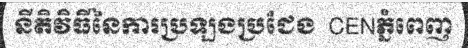
នីតិវិធីនៃការប្រឡងប្រជែង  CENភ្នំពេញ